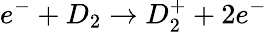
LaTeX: e^{-}+D_{2}\rightarrow D_{2}^{+}+2e^{-}